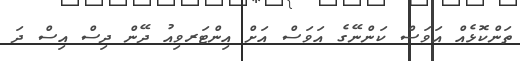
ތަންކޮޅެއް އަވަސް ކަންނޭގެ އަވަސް އަށް އިންޓަރވިއު ދޭން ދިސް އިސް ދަ